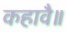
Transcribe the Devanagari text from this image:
कहावै॥